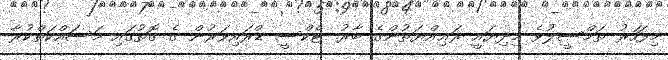
މިފަހަރު ތަމްސީލުވެ މިދިޔައީ ރަޢިއްޔަތުންގެ ބާރު. ޓެކްސީ ޑްރައިވަރުން ގެ ގޮތުގައި މަސައްކަތްކުރާ